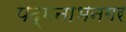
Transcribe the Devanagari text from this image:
पद्मनाभनगर